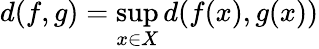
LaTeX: d(f,g)=\operatorname*{sup}_{x\in X}d(f(x),g(x))